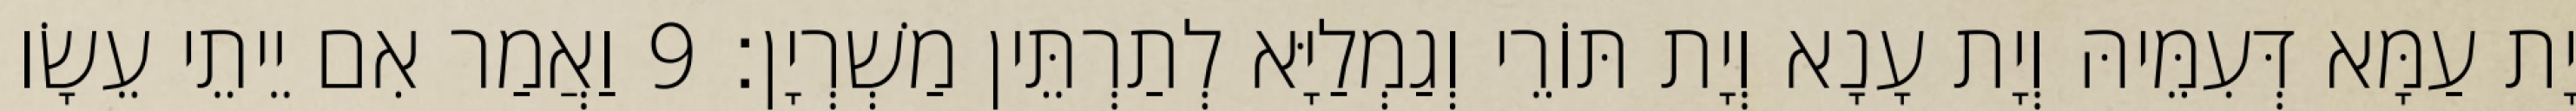
יָת עַמָּא דְּעִמֵּיהּ וְיָת עָנָא וְיָת תּוֹרֵי וְגַמְלַיָּא לְתַרְתֵּין מַשְׁרְיָן׃ 9 וַאֲמַר אִם יֵיתֵי עֵשָׂו